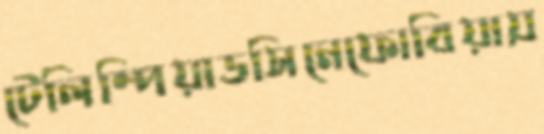
টেলিম্পিয়াডসিনেফোবিয়ায়